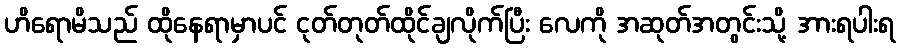
ဟိရောမိသည် ထိုနေရာမှာပင် ငုတ်တုတ်ထိုင်ချလိုက်ပြီး လေကို အဆုတ်အတွင်းသို့ အားရပါးရ